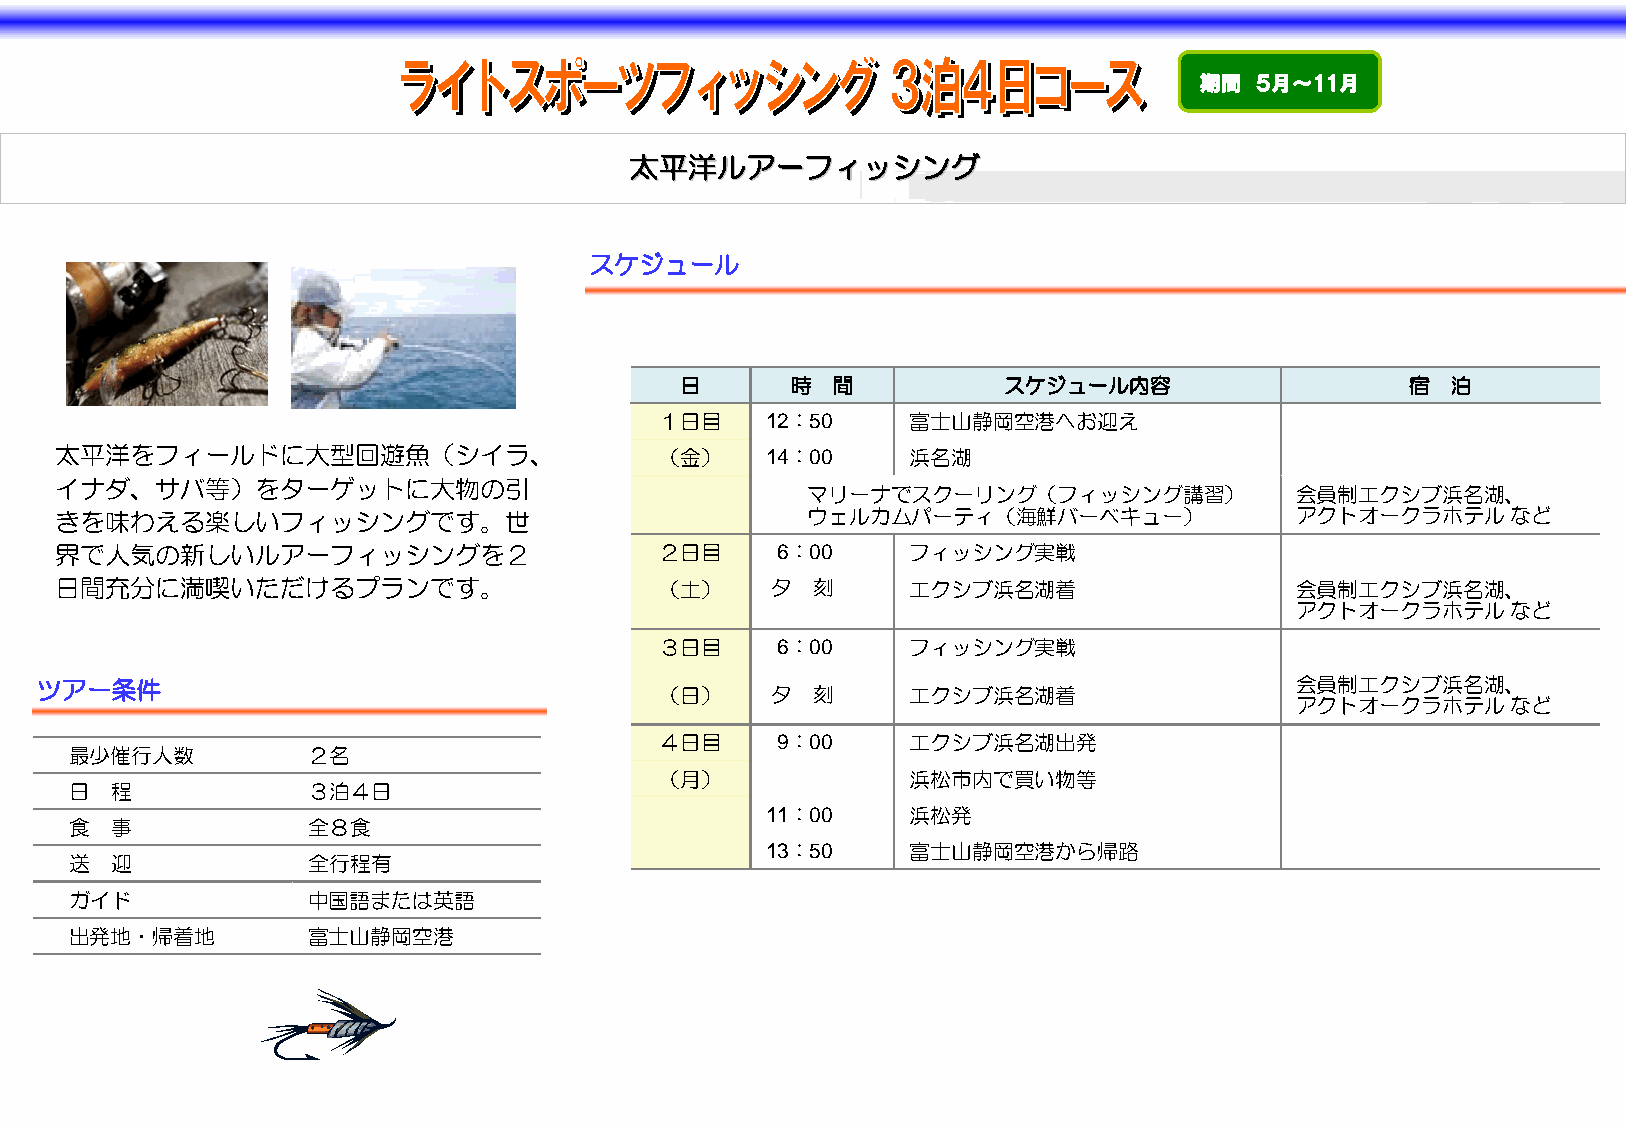
期間 ５月～11月
 太太平平洋洋ルルアアーーフフィィッッシシンンググ
 スケジュール
 日       時 間           スケジュール内容                  宿  泊
 １日目    12：50    富士山静岡空港へお迎え
 太平洋をフィールドに大型回遊魚（シイラ、                    （金）    14：00    浜名湖
 イナダ、サバ等）をターゲットに大物の引
 マリーナでスクーリング（フィッシング講習）           会員制エクシブ浜名湖、
 きを味わえる楽しいフィッシングです。世                               ウェルカムパーティ（海鮮バーベキュー）             アクトオークラホテルなど
 界で人気の新しいルアーフィッシングを２                     ２日目     6：00    フィッシング実戦
 日間充分に満喫いただけるプランです。                      （土）    夕  刻     エクシブ浜名湖着                  会員制エクシブ浜名湖、
 アクトオークラホテルなど
 ３日目     6：00    フィッシング実戦
 ツアー条件                                    （日）    夕  刻     エクシブ浜名湖着                  会員制エクシブ浜名湖、
 アクトオークラホテルなど
 ４日目     9：00    エクシブ浜名湖出発
 最少催行人数          ２名
 （月）             浜松市内で買い物等
 日  程            ３泊４日
 11：00    浜松発
 食  事            全８食
 13：50    富士山静岡空港から帰路
 送  迎            全行程有
 ガイド             中国語または英語
 出発地・帰着地         富士山静岡空港